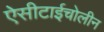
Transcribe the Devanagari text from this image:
ऐसीटाईचोलीन